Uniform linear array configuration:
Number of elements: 48
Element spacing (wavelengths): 0.5
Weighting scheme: kaiser
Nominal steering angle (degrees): -15
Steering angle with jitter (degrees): -13.122
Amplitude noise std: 0.05
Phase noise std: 0.05

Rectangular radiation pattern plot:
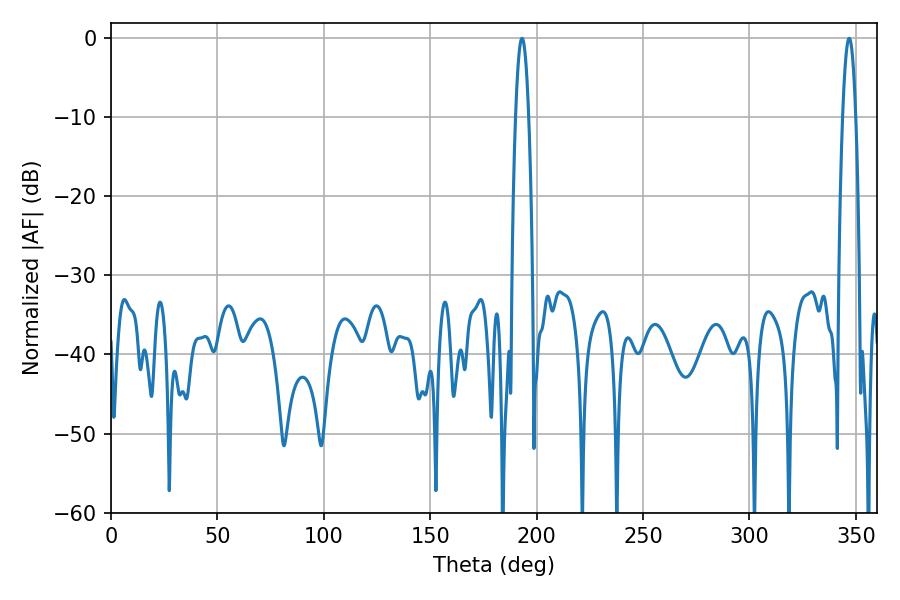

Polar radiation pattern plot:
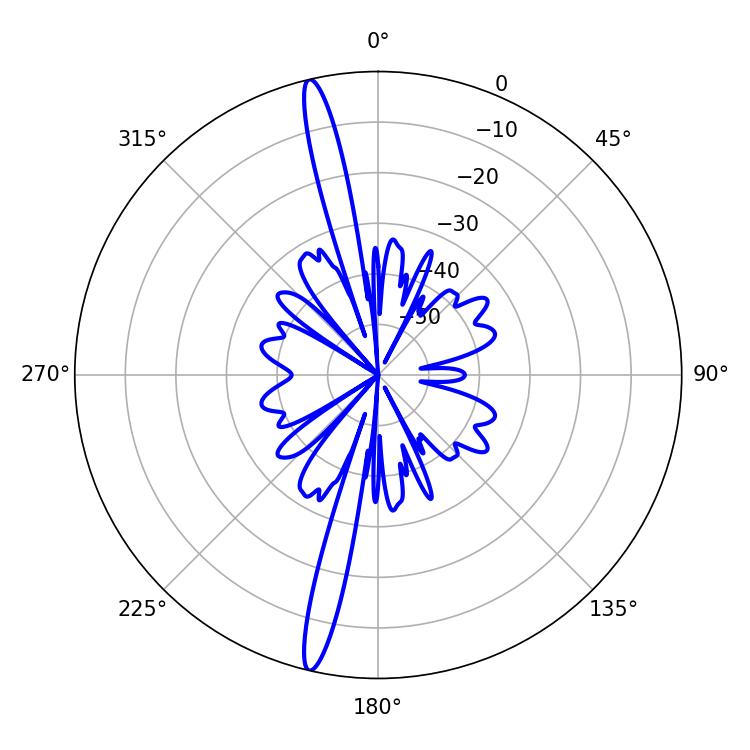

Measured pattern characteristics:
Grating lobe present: FALSE
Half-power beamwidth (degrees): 3.24
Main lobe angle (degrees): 193.14